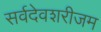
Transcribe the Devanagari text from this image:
सर्वदेवशरीजम